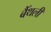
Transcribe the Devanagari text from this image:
बैँथली